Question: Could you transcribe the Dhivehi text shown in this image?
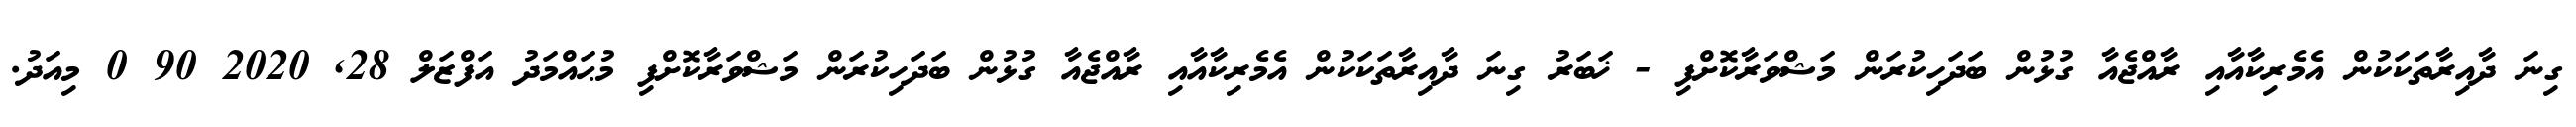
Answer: ގިނަ ދާއިރާތަކަކުން އެމެރިކާއާއި ރާއްޖެއާ ގުޅުން ބަދަހިކުރަން މަޝްވަރާކޮށްފި - ޚަބަރު ގިނަ ދާއިރާތަކަކުން އެމެރިކާއާއި ރާއްޖެއާ ގުޅުން ބަދަހިކުރަން މަޝްވަރާކޮށްފި މުޙައްމަދު އަފްޒަލް 28, 2020 90 0 މިއަދު.